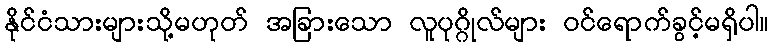
နိုင်ငံသားများသို့မဟုတ် အခြားသော လူပုဂ္ဂိုလ်များ ဝင်ရောက်ခွင့်မရှိပါ။